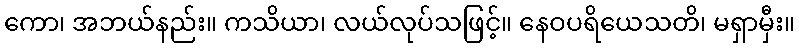
ကော၊ အဘယ်နည်း။ ကသိယာ၊ လယ်လုပ်သဖြင့်။ နေဝပရိယေသတိ၊ မရှာမှီး။